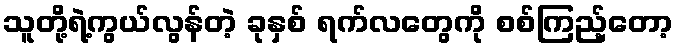
သူတို့ရဲ့ကွယ်လွန်တဲ့ ခုနှစ် ရက်လတွေကို စစ်ကြည့်တော့